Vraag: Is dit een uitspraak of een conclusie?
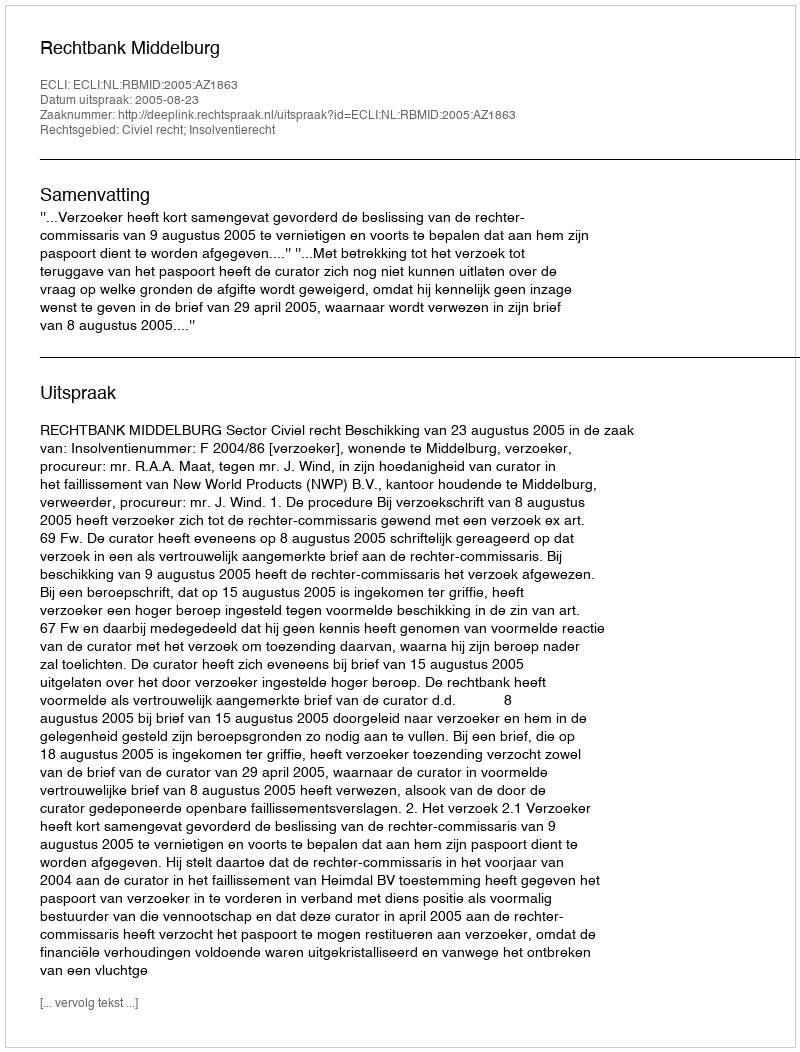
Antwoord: Uitspraak